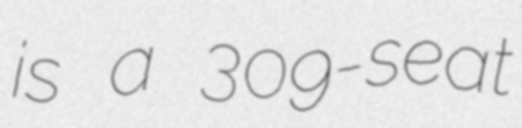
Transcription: is a 309-seat